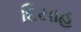
દિયાહ